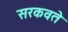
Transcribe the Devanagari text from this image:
सरकवते